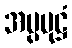
အပ္ပမုဋ္ဌံ